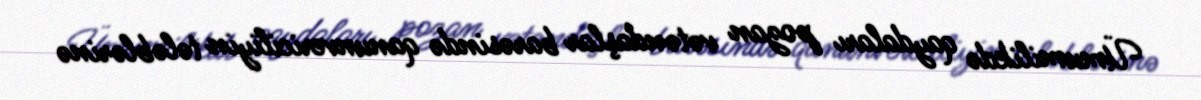
Ümumilikdə qaydaları pozan vətəndaşlar barəsində qanunvericiliyin tələblərinə